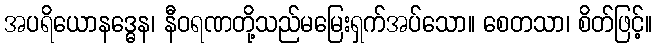
အပရိယောနဒ္ဓေန၊ နီဝရဏတို့သည်မမြေးရှက်အပ်သော။ စေတသာ၊ စိတ်ဖြင့်။